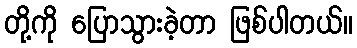
တို့ကို ပြောသွားခဲ့တာ ဖြစ်ပါတယ်။